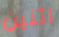
اثنين